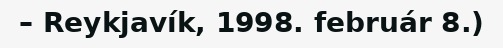
– Reykjavík, 1998. február 8.)